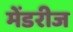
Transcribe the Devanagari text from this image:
मेंडरीज